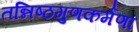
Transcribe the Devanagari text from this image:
तन्निष्ठगुणकर्मणां